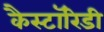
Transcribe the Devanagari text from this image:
कैस्टॉरिडी